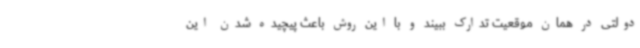
دولتی در همان موقعیت تدارک ببیند و با این روش باعث پیچیده شدن این